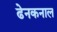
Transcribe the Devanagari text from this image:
ढेनकनाल